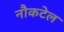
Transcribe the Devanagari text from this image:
नौकटेल